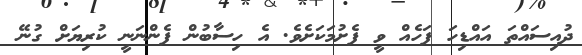
ދުއިސައްތަ އައްޑިހަ ފަހެއް ވީ ފެށުމަކަށެވެ. އެ ހިސާބުން ފެންނަނީ ކުރިޔަށް ގުނޭ